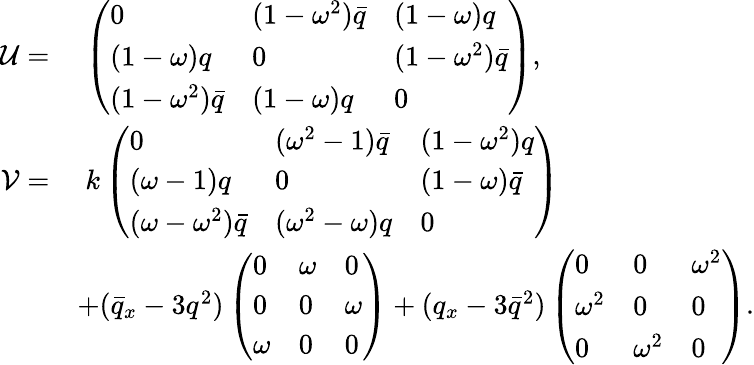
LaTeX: \begin{array}{rl}{\mathcal{U}=}&{\; \left(\begin{array}{lll}{0}&{(1-\omega^{2})\bar{q}}&{(1-\omega)q}\\ {(1-\omega)q}&{0}&{(1-\omega^{2})\bar{q}}\\ {(1-\omega^{2})\bar{q}}&{(1-\omega)q}&{0}\end{array}\right),}\\ {\mathcal{V}=}&{\; k\left(\begin{array}{lll}{0}&{(\omega^{2}-1)\bar{q}}&{(1-\omega^{2})q}\\ {(\omega-1)q}&{0}&{(1-\omega)\bar{q}}\\ {(\omega-\omega^{2})\bar{q}}&{(\omega^{2}-\omega)q}&{0}\end{array}\right)}\\ &{+(\bar{q}_{x}-3q^{2})\left(\begin{array}{lll}{0}&{\omega}&{0}\\ {0}&{0}&{\omega}\\ {\omega}&{0}&{0}\end{array}\right)+(q_{x}-3\bar{q}^{2})\left(\begin{array}{lll}{0}&{0}&{\omega^{2}}\\ {\omega^{2}}&{0}&{0}\\ {0}&{\omega^{2}}&{0}\end{array}\right).}\end{array}